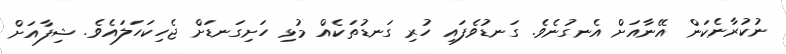
ނުކުރާނެކަން އޭނާއަށް އެނގުނެވެ. ގަނޑުވެފައި ހުރި ގަނޑުތަކެއް މުޅި ހަށިގަނޑަށް ޖެހިކަހަލައެވެ. ޝިފާއަށް